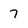
Character: 7